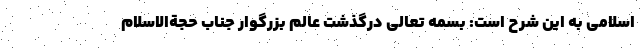
اسلامی به این شرح است: بسمه تعالی درگذشت عالم بزرگوار جناب حجةالاسلام